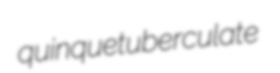
quinquetuberculate